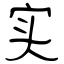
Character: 实